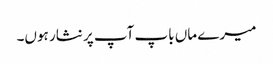
میرے ماں باپ آپ پر نثار ہوں۔